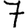
Digit: 7